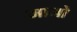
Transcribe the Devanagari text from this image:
माजो